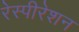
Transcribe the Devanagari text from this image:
रेस्पीरेशन